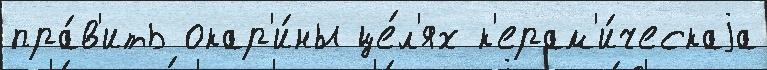
пра́в'ить окар'и́ны це́л'ях к'ерам'и́ческаjа